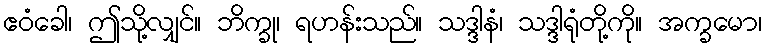
ဧဝံခေါ၊ ဤသို့လျှင်။ ဘိက္ခု၊ ရဟန်းသည်။ သဒ္ဒါနံ၊ သဒ္ဒါရုံတို့ကို။ အက္ခမော၊